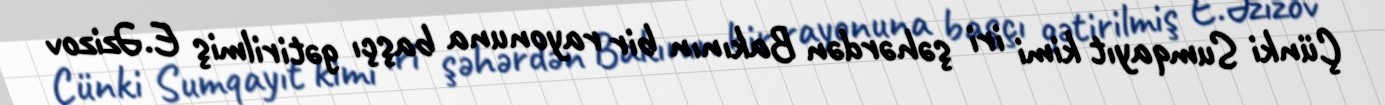
Çünki Sumqayıt kimi iri şəhərdən Bakının bir rayonuna başçı gətirilmiş E.Əzizov